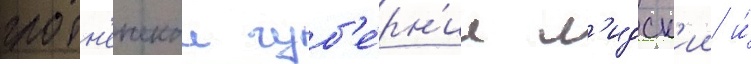
гродн'енскои губ'е́рн'ии л'идск'ии и́